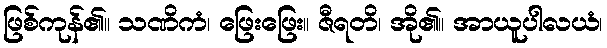
ဖြစ်ကုန်၏။ သဏိကံ၊ ဖြေးဖြေး။ ဇီရတိ၊ အို၏။ အာယူပါလယံ၊